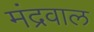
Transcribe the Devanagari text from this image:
मंद्रवाल